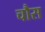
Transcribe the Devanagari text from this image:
चौस